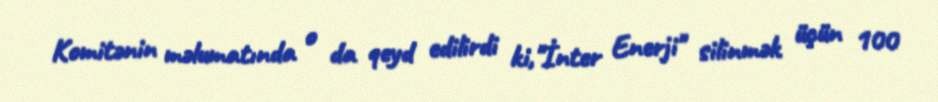
Komitənin məlumatında o da qeyd edilirdi ki,"İnter Enerji" silinmək üçün 100